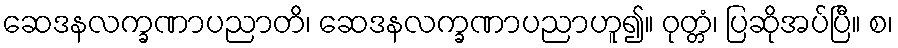
ဆေဒနလက္ခဏာပညာတိ၊ ဆေဒနလက္ခဏာပညာဟူ၍။ ဝုတ္တံ၊ ပြဆိုအပ်ပြီ။ စ၊